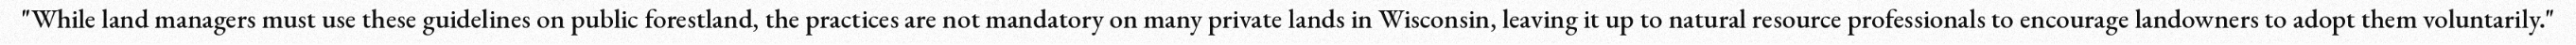
"While land managers must use these guidelines on public forestland, the practices are not mandatory on many private lands in Wisconsin, leaving it up to natural resource professionals to encourage landowners to adopt them voluntarily."